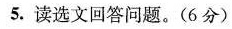
(3分)5.读选文回答问题。(6分)